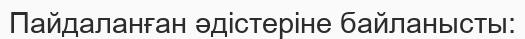
Пайдаланған әдістеріне байланысты: